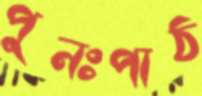
পুনঃপাঠ